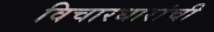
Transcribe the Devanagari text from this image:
विचारधारांची